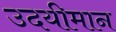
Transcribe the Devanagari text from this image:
उदयीमान